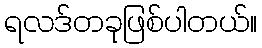
ရလဒ်တခုဖြစ်ပါတယ်။